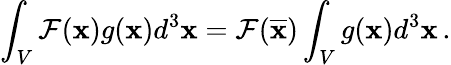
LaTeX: \int_{V}\mathcal{F}({\mathbf{x}})g({\mathbf{x}})d^{3}{\mathbf{x}}=\mathcal{F}(\overline{{{{\mathbf{x}}}}})\int_{V}g({\mathbf{x}})d^{3}{\mathbf{x}}\, .